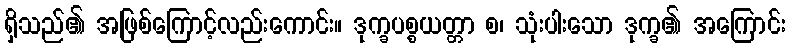
ရှိသည်၏ အဖြစ်ကြောင့်လည်းကောင်း။ ဒုက္ခပစ္စယတ္တာ စ၊ သုံးပါးသော ဒုက္ခ၏ အကြောင်း